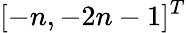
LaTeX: [-n,-2n-1]^{T}